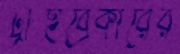
ট্রাইব্রেকারের